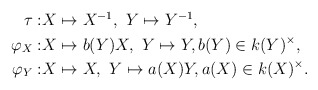
\begin{align*}\begin{aligned}\tau:&{}X\mapsto X^{-1}, \ Y \mapsto Y^{-1}, \\\varphi_X:&{}X \mapsto b(Y)X, \ Y \mapsto Y,b(Y) \in k(Y)^{\times},\\\varphi_Y:&{}X \mapsto X,\ Y \mapsto a(X)Y,a(X) \in k(X)^{\times}. \end{aligned}\end{align*}